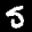
Label: 5